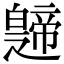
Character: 𤾤